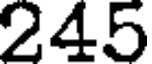
245